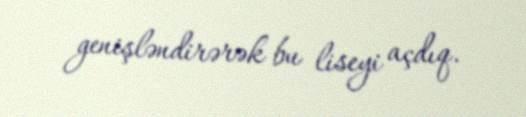
genişləndirərək bu liseyi açdıq.